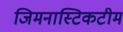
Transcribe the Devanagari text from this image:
जिमनास्टिकटीम